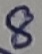
Text: 8